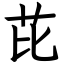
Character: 芘